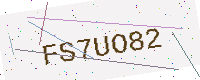
Text: FS7UO82